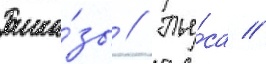
Расска́зы // Пье́са //